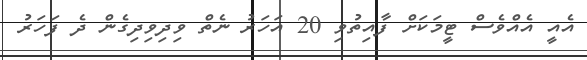
އެއީ އެއްވެސް ޓީމަކަށް ފާއިތުވި 20 އަހަރު ނެތް ވިދިވިދިގެން ދެ ފަހަރު